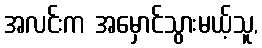
အလင်းက အမှောင်သွားမယ့်သူ,